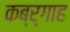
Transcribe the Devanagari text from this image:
कब्र्गाह